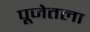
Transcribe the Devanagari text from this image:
पूजेतला